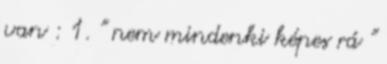
van : 1. " nem mindenki képes rá "